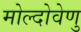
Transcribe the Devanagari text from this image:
मोल्दोवेणु